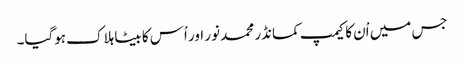
جس میں اْن کا کیمپ کمانڈر محمد نور اور اْس کا بیٹا ہلاک ہوگیا۔